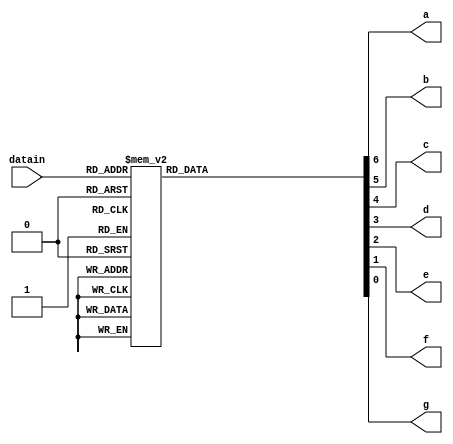
module hex_7seg (a,b,c,d,e,f,g,datain);

input [3:0]datain;
output reg a,b,c,d,e,f,g;

always @(*) begin

    case(datain)
        4'd0: {a,b,c,d,e,f,g} = 7'b111_1110;
        4'd1: {a,b,c,d,e,f,g} = 7'b011_0000;
        4'd2: {a,b,c,d,e,f,g} = 7'b110_1101;
        4'd3: {a,b,c,d,e,f,g} = 7'b111_1001;
        4'd4: {a,b,c,d,e,f,g} = 7'b011_0011;
        4'd5: {a,b,c,d,e,f,g} = 7'b101_1011;
        4'd6: {a,b,c,d,e,f,g} = 7'b101_1111;
        4'd7: {a,b,c,d,e,f,g} = 7'b111_0000;
        4'd8: {a,b,c,d,e,f,g} = 7'b111_1111;
        4'd9: {a,b,c,d,e,f,g} = 7'b111_1011;
        4'd10: {a,b,c,d,e,f,g} = 7'b111_0111;
        4'd11: {a,b,c,d,e,f,g} = 7'b001_1111;
        4'd12: {a,b,c,d,e,f,g} = 7'b100_1110;
        4'd13: {a,b,c,d,e,f,g} = 7'b011_1101;
        4'd14: {a,b,c,d,e,f,g} = 7'b110_1111;
        4'd15: {a,b,c,d,e,f,g} = 7'b100_0111;
        default: {a,b,c,d,e,f,g} = 7'dX;
    endcase
    
end
    
endmodule